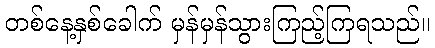
တစ်နေ့နှစ်ခေါက် မှန်မှန်သွားကြည့်ကြရသည်။